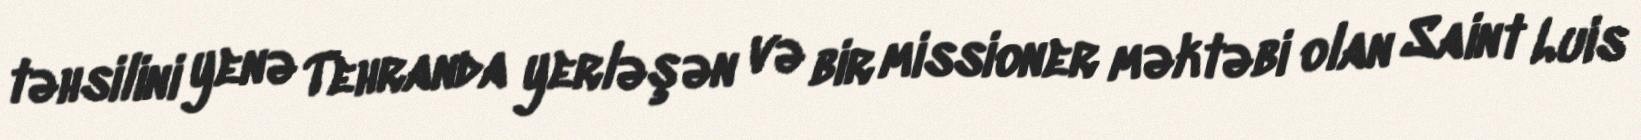
təhsilini yenə Tehranda yerləşən və bir missioner məktəbi olan Saint Luis